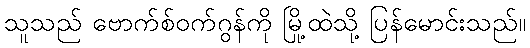
သူသည် ဗောက်စ်ဝက်ဂွန်ကို မြို့ထဲသို့ ပြန်မောင်းသည်။